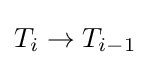
T_{i}\to T_{i-1}